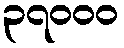
၃၇၀၀၀